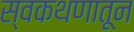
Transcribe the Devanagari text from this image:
स्वकथणातून